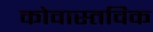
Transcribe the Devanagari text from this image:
कोवास्तविक